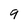
Character: 9